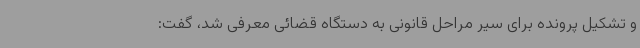
و تشکیل پرونده برای سیر مراحل قانونی به دستگاه قضائی معرفی شد، گفت: